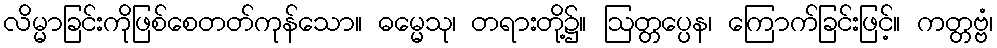
လိမ္မာခြင်းကိုဖြစ်စေတတ်ကုန်သော။ ဓမ္မေသု၊ တရားတို့၌။ ဩတ္တပ္ပေန၊ ကြောက်ခြင်းဖြင့်။ ကတ္တဗ္ဗံ၊